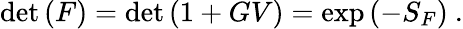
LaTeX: \operatorname*{det}{(F)}=\operatorname*{det}{(1+GV)}=\exp{(-S_{F})}~.